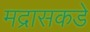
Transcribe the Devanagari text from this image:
मद्रासकडे